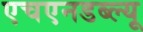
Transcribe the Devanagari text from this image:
एचएनडब्ल्यू